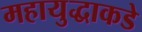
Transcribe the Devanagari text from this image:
महायुद्धाकडे